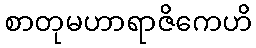
စာတုမဟာရာဇိကေဟိ